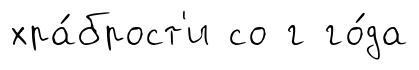
хра́брост'и со г го́да